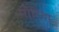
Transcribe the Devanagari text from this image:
मॉरिया